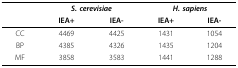
<table><thead><tr><td></td><td colspan="2"><b><i>S. cerevisiae</i></b></td><td colspan="2"><b><i>H. sapiens</i></b></td></tr><tr><td></td><td><b>IEA+</b></td><td><b>IEA-</b></td><td><b>IEA+</b></td><td><b>IEA-</b></td></tr></thead><tbody><tr><td>CC</td><td>4469</td><td>4425</td><td>1431</td><td>1054</td></tr><tr><td>BP</td><td>4385</td><td>4326</td><td>1435</td><td>1204</td></tr><tr><td>MF</td><td>3858</td><td>3583</td><td>1441</td><td>1288</td></tr></tbody></table>